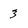
Character: 3